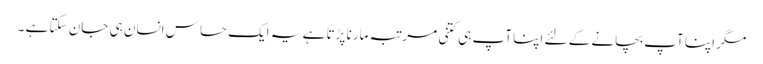
مگر اپنا آپ بچانے کے لئے اپنا آپ ہی کتنی مرتبہ مارنا پڑتا ہے یہ ایک حساس انسان ہی جان سکتا ہے ۔